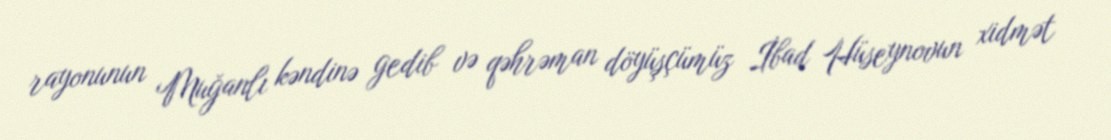
rayonunun Muğanlı kəndinə gedib və qəhrəman döyüşçümüz İbad Hüseynovun xidmət